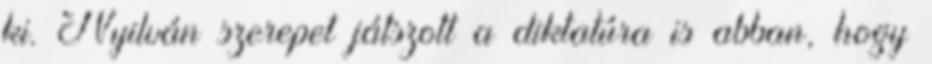
ki. Nyilván szerepet játszott a diktatúra is abban, hogy